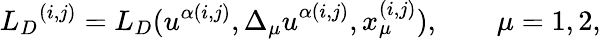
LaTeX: {{L}_{D}}^{(i,j)}={L}_{D}(u^{\alpha(i,j)},{\Delta_{\mu}u}^{\alpha(i,j)},x_{\mu}^{(i,j)}),\qquad\mu=1,2,